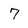
Character: 7